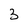
Character: 3